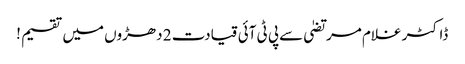
ڈاکٹر غلام مرتضیٰ سےپی ٹی آئی قیادت 2 دھڑوں میں تقسیم !